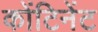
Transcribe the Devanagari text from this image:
कोंटिनेंट